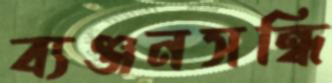
ব্যঞ্জনসন্ধি